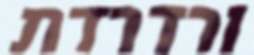
ורדרדת